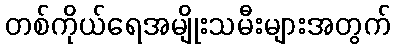
တစ်ကိုယ်ရေအမျိုးသမီးများအတွက်